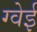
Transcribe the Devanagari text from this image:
ग्वेई